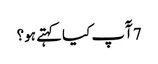
7 آٓپ کیا کہتے ہو؟